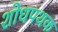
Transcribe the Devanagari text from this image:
शोधपथक